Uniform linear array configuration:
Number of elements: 32
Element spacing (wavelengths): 0.25
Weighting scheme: uniform
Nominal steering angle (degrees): -45
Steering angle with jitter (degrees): -45.152
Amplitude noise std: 0.05
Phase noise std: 0.05

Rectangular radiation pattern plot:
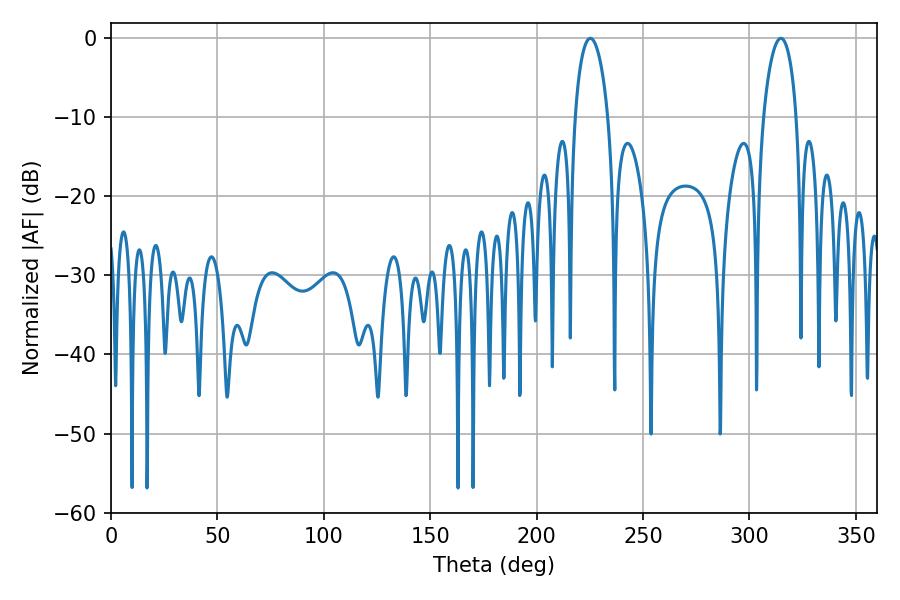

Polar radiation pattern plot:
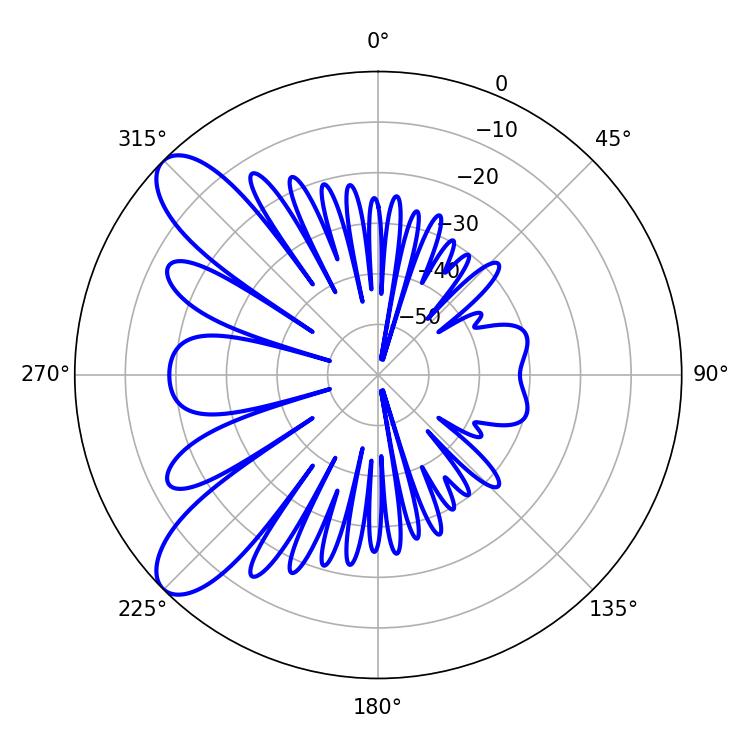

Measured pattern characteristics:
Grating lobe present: FALSE
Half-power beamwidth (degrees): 8.82
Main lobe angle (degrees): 225.18